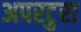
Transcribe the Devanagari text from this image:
अपरटुरा